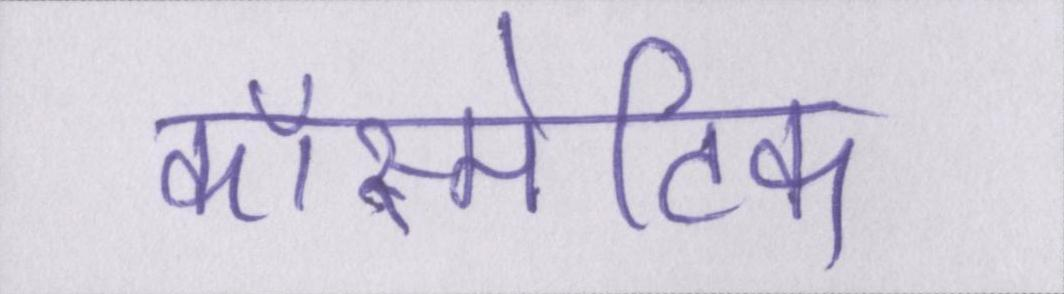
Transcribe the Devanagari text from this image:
कॉस्मेटिक